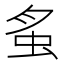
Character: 𧉏